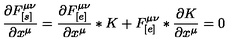
\frac { \partial F _ { [ s ] } ^ { \mu \nu } } { \partial x ^ { \mu } } = \frac { \partial F _ { [ e ] } ^ { \mu \nu } } { \partial x ^ { \mu } } * K + F _ { [ e ] } ^ { \mu \nu } * \frac { \partial K } { \partial x ^ { \mu } } = 0